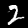
Digit: 2